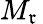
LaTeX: \textstyle{M_{\mathfrak{r}}}\,